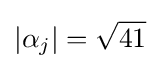
|\alpha _{j}|={\sqrt {41}}